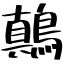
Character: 鷏